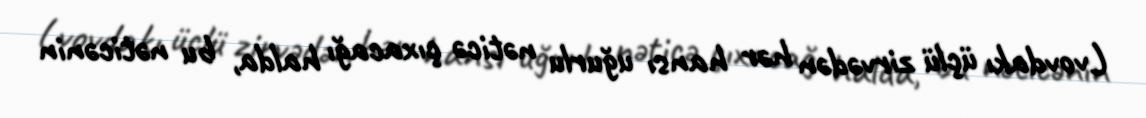
Lvovdakı üçlü zirvədən hər hansı uğurlu nəticə çıxacağı halda, bu nəticənin